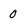
Character: 0